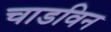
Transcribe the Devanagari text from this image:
चाडविन